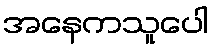
အနေကသူပေါ